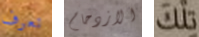
تعرف الازدحام تلك